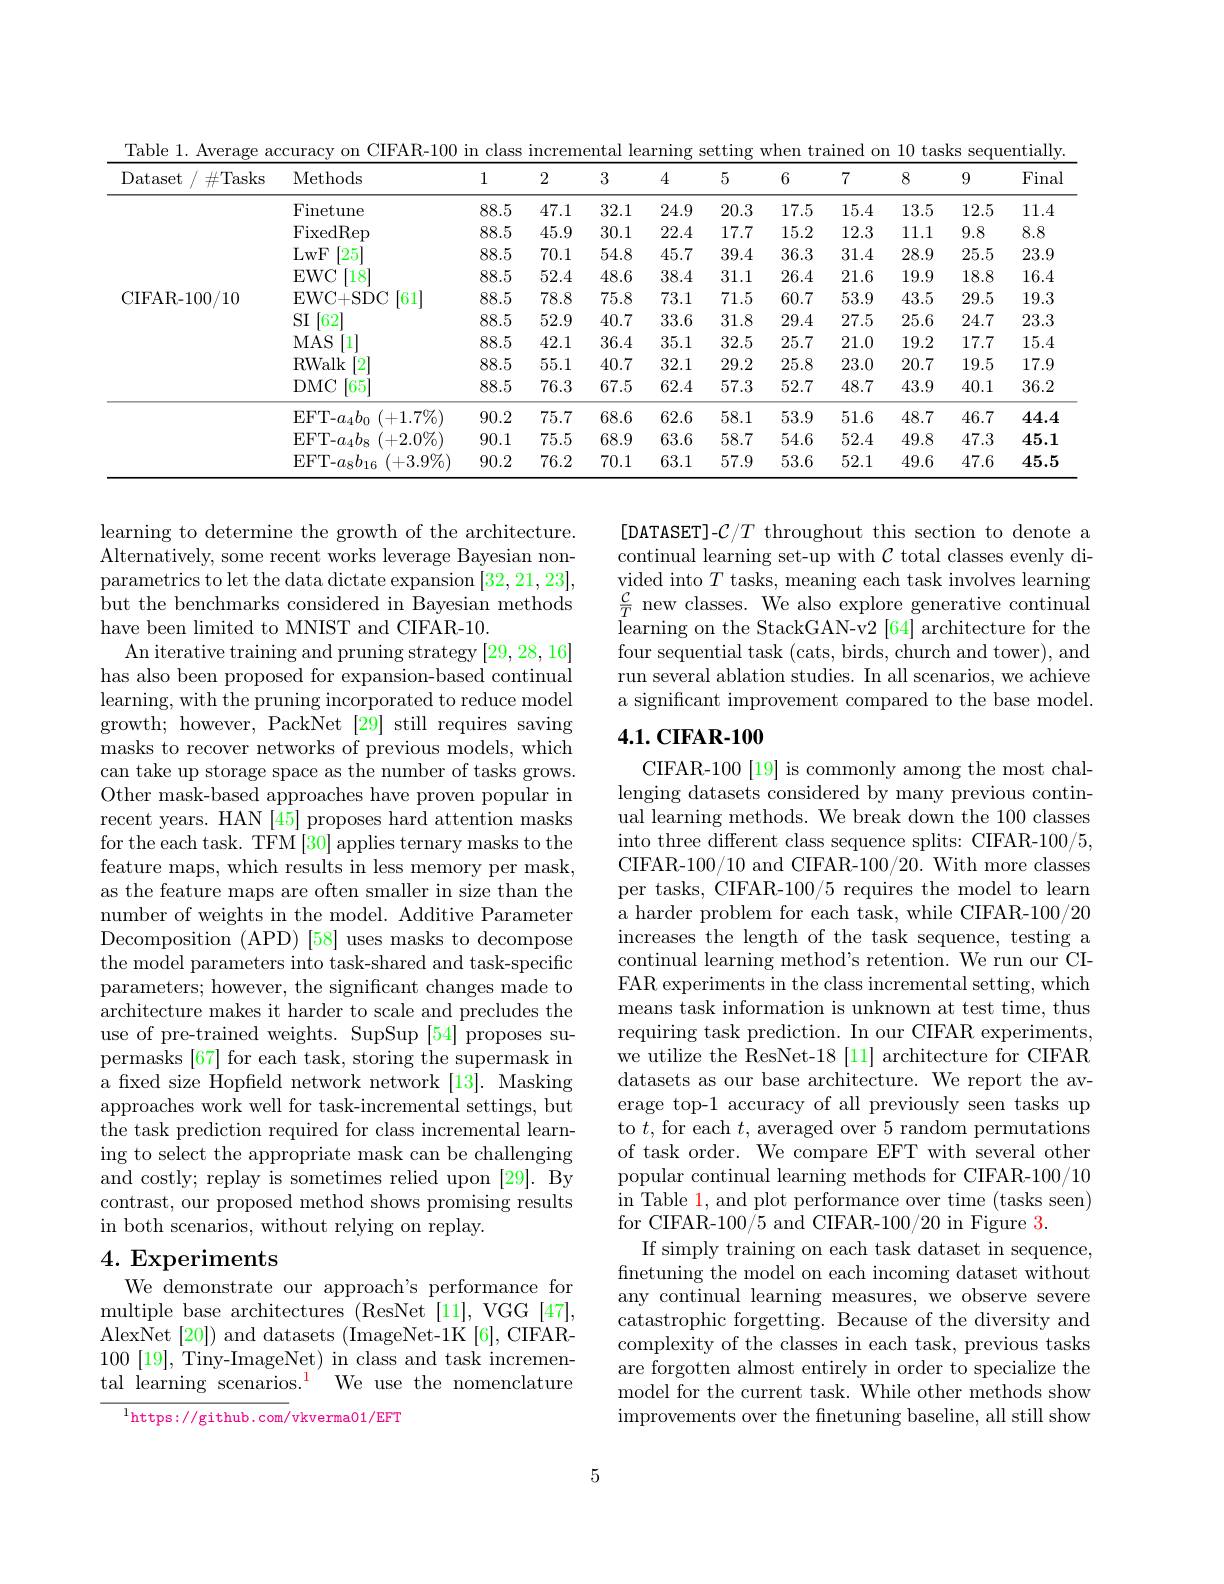
Table 1. Average accuracy on CIFAR-100 in class incremental learning setting when trained on 10 tasks sequentially
<table>
	<tbody>
		<tr>
			<th>Dataset$/ \#$Tasks</th>
			<th>Methods</th>
			<th>1</th>
			<th>2</th>
			<th>3</th>
			<th>4</th>
			<th>5</th>
			<th>6</th>
			<th>7</th>
			<th>8</th>
			<th>9</th>
			<th>Fina</th>
		</tr>
		<tr>
			<td rowspan="9">CIFAR-100/10</td>
			<td>Finetune</td>
			<td>88.5</td>
			<td>47.1</td>
			<td>32.1</td>
			<td>24.9</td>
			<td>20.3</td>
			<td>17.5</td>
			<td>15.4</td>
			<td>13.5</td>
			<td>12.5</td>
			<td>11.4</td>
		</tr>
		<tr>
			<td>FixedRep</td>
			<td>88.5</td>
			<td>45.9</td>
			<td>30.1</td>
			<td>22.4</td>
			<td>17.7</td>
			<td>15.2</td>
			<td>12.3</td>
			<td>11.1</td>
			<td>9.8</td>
			<td>8.8</td>
		</tr>
		<tr>
			<td>LwF [25]</td>
			<td>88.5</td>
			<td>70.1</td>
			<td>54.8</td>
			<td>45.7</td>
			<td>39.4</td>
			<td>36.3</td>
			<td>31.4</td>
			<td>28.9</td>
			<td>25.5</td>
			<td>23.9</td>
		</tr>
		<tr>
			<td>EWC [18]</td>
			<td>88.5</td>
			<td>52.4</td>
			<td>48.6</td>
			<td>38.4</td>
			<td>31.1</td>
			<td>26.4</td>
			<td>21.6</td>
			<td>19.9</td>
			<td>18.8</td>
			<td>16.4</td>
		</tr>
		<tr>
			<td>EWC+ SDC 161</td>
			<td>88.5</td>
			<td>78.8</td>
			<td>75.8</td>
			<td>73.1</td>
			<td>71.5</td>
			<td>60.7</td>
			<td>53.9</td>
			<td>43.5</td>
			<td>29.5</td>
			<td>19.3</td>
		</tr>
		<tr>
			<td>SI $\lceil62\rceil$</td>
			<td>88.5</td>
			<td>52.9</td>
			<td>40.7</td>
			<td>33.6</td>
			<td>31.8</td>
			<td>29.4</td>
			<td>27.5</td>
			<td>25.6</td>
			<td>24.7</td>
			<td>23.3</td>
		</tr>
		<tr>
			<td>$MAS$ $\left[1\right]$</td>
			<td>88.5</td>
			<td>42.1</td>
			<td>36.4</td>
			<td>35.1</td>
			<td>32.5</td>
			<td>25.7</td>
			<td>21.0</td>
			<td>19.2</td>
			<td>17.7</td>
			<td>15.4</td>
		</tr>
		<tr>
			<td>RWalk 2</td>
			<td>88.5</td>
			<td>55.1</td>
			<td>40.7</td>
			<td>32.1</td>
			<td>29.2</td>
			<td>25.8</td>
			<td>23.0</td>
			<td>20.7</td>
			<td>19.5</td>
			<td>17.9</td>
		</tr>
		<tr>
			<td>[65] DMC</td>
			<td>88.5</td>
			<td>76.3</td>
			<td>67.5</td>
			<td>62.4</td>
			<td>57.3</td>
			<td>52.7</td>
			<td>48.7</td>
			<td>43.9</td>
			<td>40.1</td>
			<td>36.2</td>
		</tr>
		<tr>
			<td rowspan="3">CIFAR-100/10</td>
			<td>EFT- $a_{4}b_{0} ( + 1. 7\% )$</td>
			<td>90.2</td>
			<td>75.7</td>
			<td>68.6</td>
			<td>62.6</td>
			<td>58.1</td>
			<td>53.9</td>
			<td>51.6</td>
			<td>48.7</td>
			<td>46.7</td>
			<td>44.4</td>
		</tr>
		<tr>
			<td>EFT- $a_{4}b_{8}$ $_{8}$ $( + 2. 0\% )$</td>
			<td>90.1</td>
			<td>75.5</td>
			<td>68.9</td>
			<td>63.6</td>
			<td>58.7</td>
			<td>54.6</td>
			<td>52.4</td>
			<td>49.8</td>
			<td>47.3</td>
			<td>45.1</td>
		</tr>
		<tr>
			<td>EFT- $a_{8}b_{16}$ $(+3.9\%)$</td>
			<td>90.2</td>
			<td>76.2</td>
			<td>70.1</td>
			<td>63.1</td>
			<td>57.9</td>
			<td>53.6</td>
			<td>52.1</td>
			<td>49.6</td>
			<td>47.6</td>
			<td>45.5</td>
		</tr>
	</tbody>
</table>

[DATASET]-C/T throughout this section to denote a continual learning set-up with $\mathcal{C}$ total classes evenly divided into $T$ tasks, meaning each task involves learning $\frac{\mathcal{C}}{T}$ new classes. We also explore generative continual ${\tilde{\text{learning on the StackGAN-v2 [64] architecture for the}}}$ four sequential task (cats, birds, church and tower), and run several ablation studies. In all scenarios, we achieve a significant improvement compared to the base model.

## $4. 1. \textbf{CIFAR- 100}$

learning to determine the growth of the architecture. Alternatively, some recent works leverage Bayesian nonparametrics to let the data dictate expansion [32,21,23], but the benchmarks considered in Bayesian methods have been limited to MNIST and CIFAR-10.
An iterative training and pruning strategy [29,28,16] has also been proposed for expansion-based continual learning, with the pruning incorporated to reduce model growth; however, PackNet[29] still requires saving masks to recover networks of previous models, which can take up storage space as the number of tasks grows. Other mask-based approaches have proven popular in recent years. HAN [45] proposes hard attention masks for the each task. TFM [30] applies ternary masks to the feature maps, which results in less memory per mask, as the feature maps are often smaller in size than the number of weights in the model. Additive Parameter Decomposition (APD) [58] uses masks to decompose the model parameters into task-shared and task-specific parameters; however, the significant changes made to architecture makes it harder to scale and precludes the use of pre-trained weights. SupSup [54] proposes supermasks [67] for each task, storing the supermask in a fixed size Hopfield network network [13]. Masking approaches work well for task-incremental settings, but the task prediction required for class incremental learning to select the appropriate mask can be challenging and costly; replay is sometimes relied upon [29]. By contrast, our proposed method shows promising results in both scenarios, without relying on replay.
4. Experiments

CIFAR-100[19] is commonly among the most challenging datasets considered by many previous continual learning methods. We break down the 100 classes into three different class sequence splits: CIFAR-100/5, CIFAR-100/10 and CIFAR-100/20. With more classes per tasks, CIFAR-100/5 requires the model to learn a harder problem for each task, while CIFAR-100/20 increases the length of the task sequence, testing a continual learning method's retention. We run our CIFAR experiments in the class incremental setting, which means task information is unknown at test time, thus requiring task prediction. In our CIFAR experiments, we utilize the ResNet-18 [11] architecture for CIFAR datasets as our base architecture. We report the average top-1 accuracy of all previously seen tasks up to $t$, for each $t$, averaged over 5 random permutations of task order. We compare EFT with several other popular continual learning methods for CIFAR-100/10 in Table $\color{red}1$, and plot performance over time (tasks seen) for CIFAR-100/5 and CIFAR-100/20 in Figure 3.
If simply training on each task dataset in sequence, finetuning the model on each incoming dataset without any continual learning measures, we observe severe catastrophic forgetting. Because of the diversity and complexity of the classes in each task, previous tasks are forgotten almost entirely in order to specialize the model for the current task. While other methods show improvements over the fnetuning baseline, all still show

# We demonstrate our approach's performance for

multiple base architectures (ResNet [11], VGG [47], AlexNet [20]) and datasets (ImageNet-1K [6], CIFAR- 100 [19], Tiny-ImageNet) in class and task incremental learning scenarios.$^{1}$ We use the nomenclature

$^{1}$https://github.com/vkverma01/EFT

5